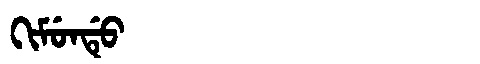
Manchu: ᡴᡳᠮᡠᠨᡩᡠ
Romanization: KIMUNDU